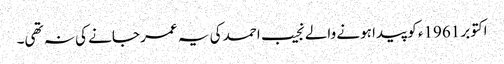
اکتوبر 1961ء کو پیدا ہونے والے نجیب احمد کی یہ عمر جانے کی نہ تھی۔